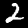
Label: 2